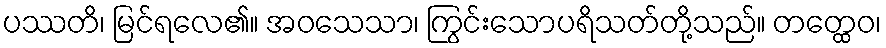
ပဿတိ၊ မြင်ရလေ၏။ အဝသေသာ၊ ကြွင်းသောပရိသတ်တို့သည်။ တတ္ထေဝ၊